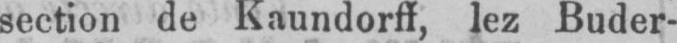
section de Kaundorff, lez Buder-